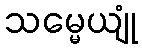
သမ္မေယျုံ